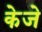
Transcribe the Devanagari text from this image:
केजे